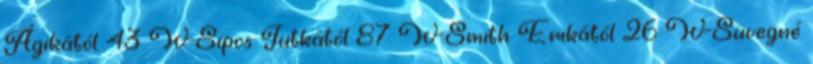
Ágikától 43 W-Sipos Jutkától 87 W-Smith Erikától 26 W-Süvegné